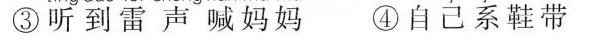
③听到雷声喊妈妈 ④自己系鞋带